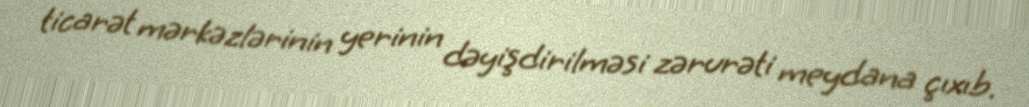
ticarət mərkəzlərinin yerinin dəyişdirilməsi zərurəti meydana çıxıb.